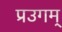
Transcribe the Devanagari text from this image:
प्रउगम्